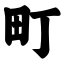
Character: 町